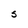
Character: S